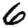
Digit: 6